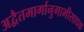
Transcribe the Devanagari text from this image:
अद्वैतमार्गानुगामीसाधक